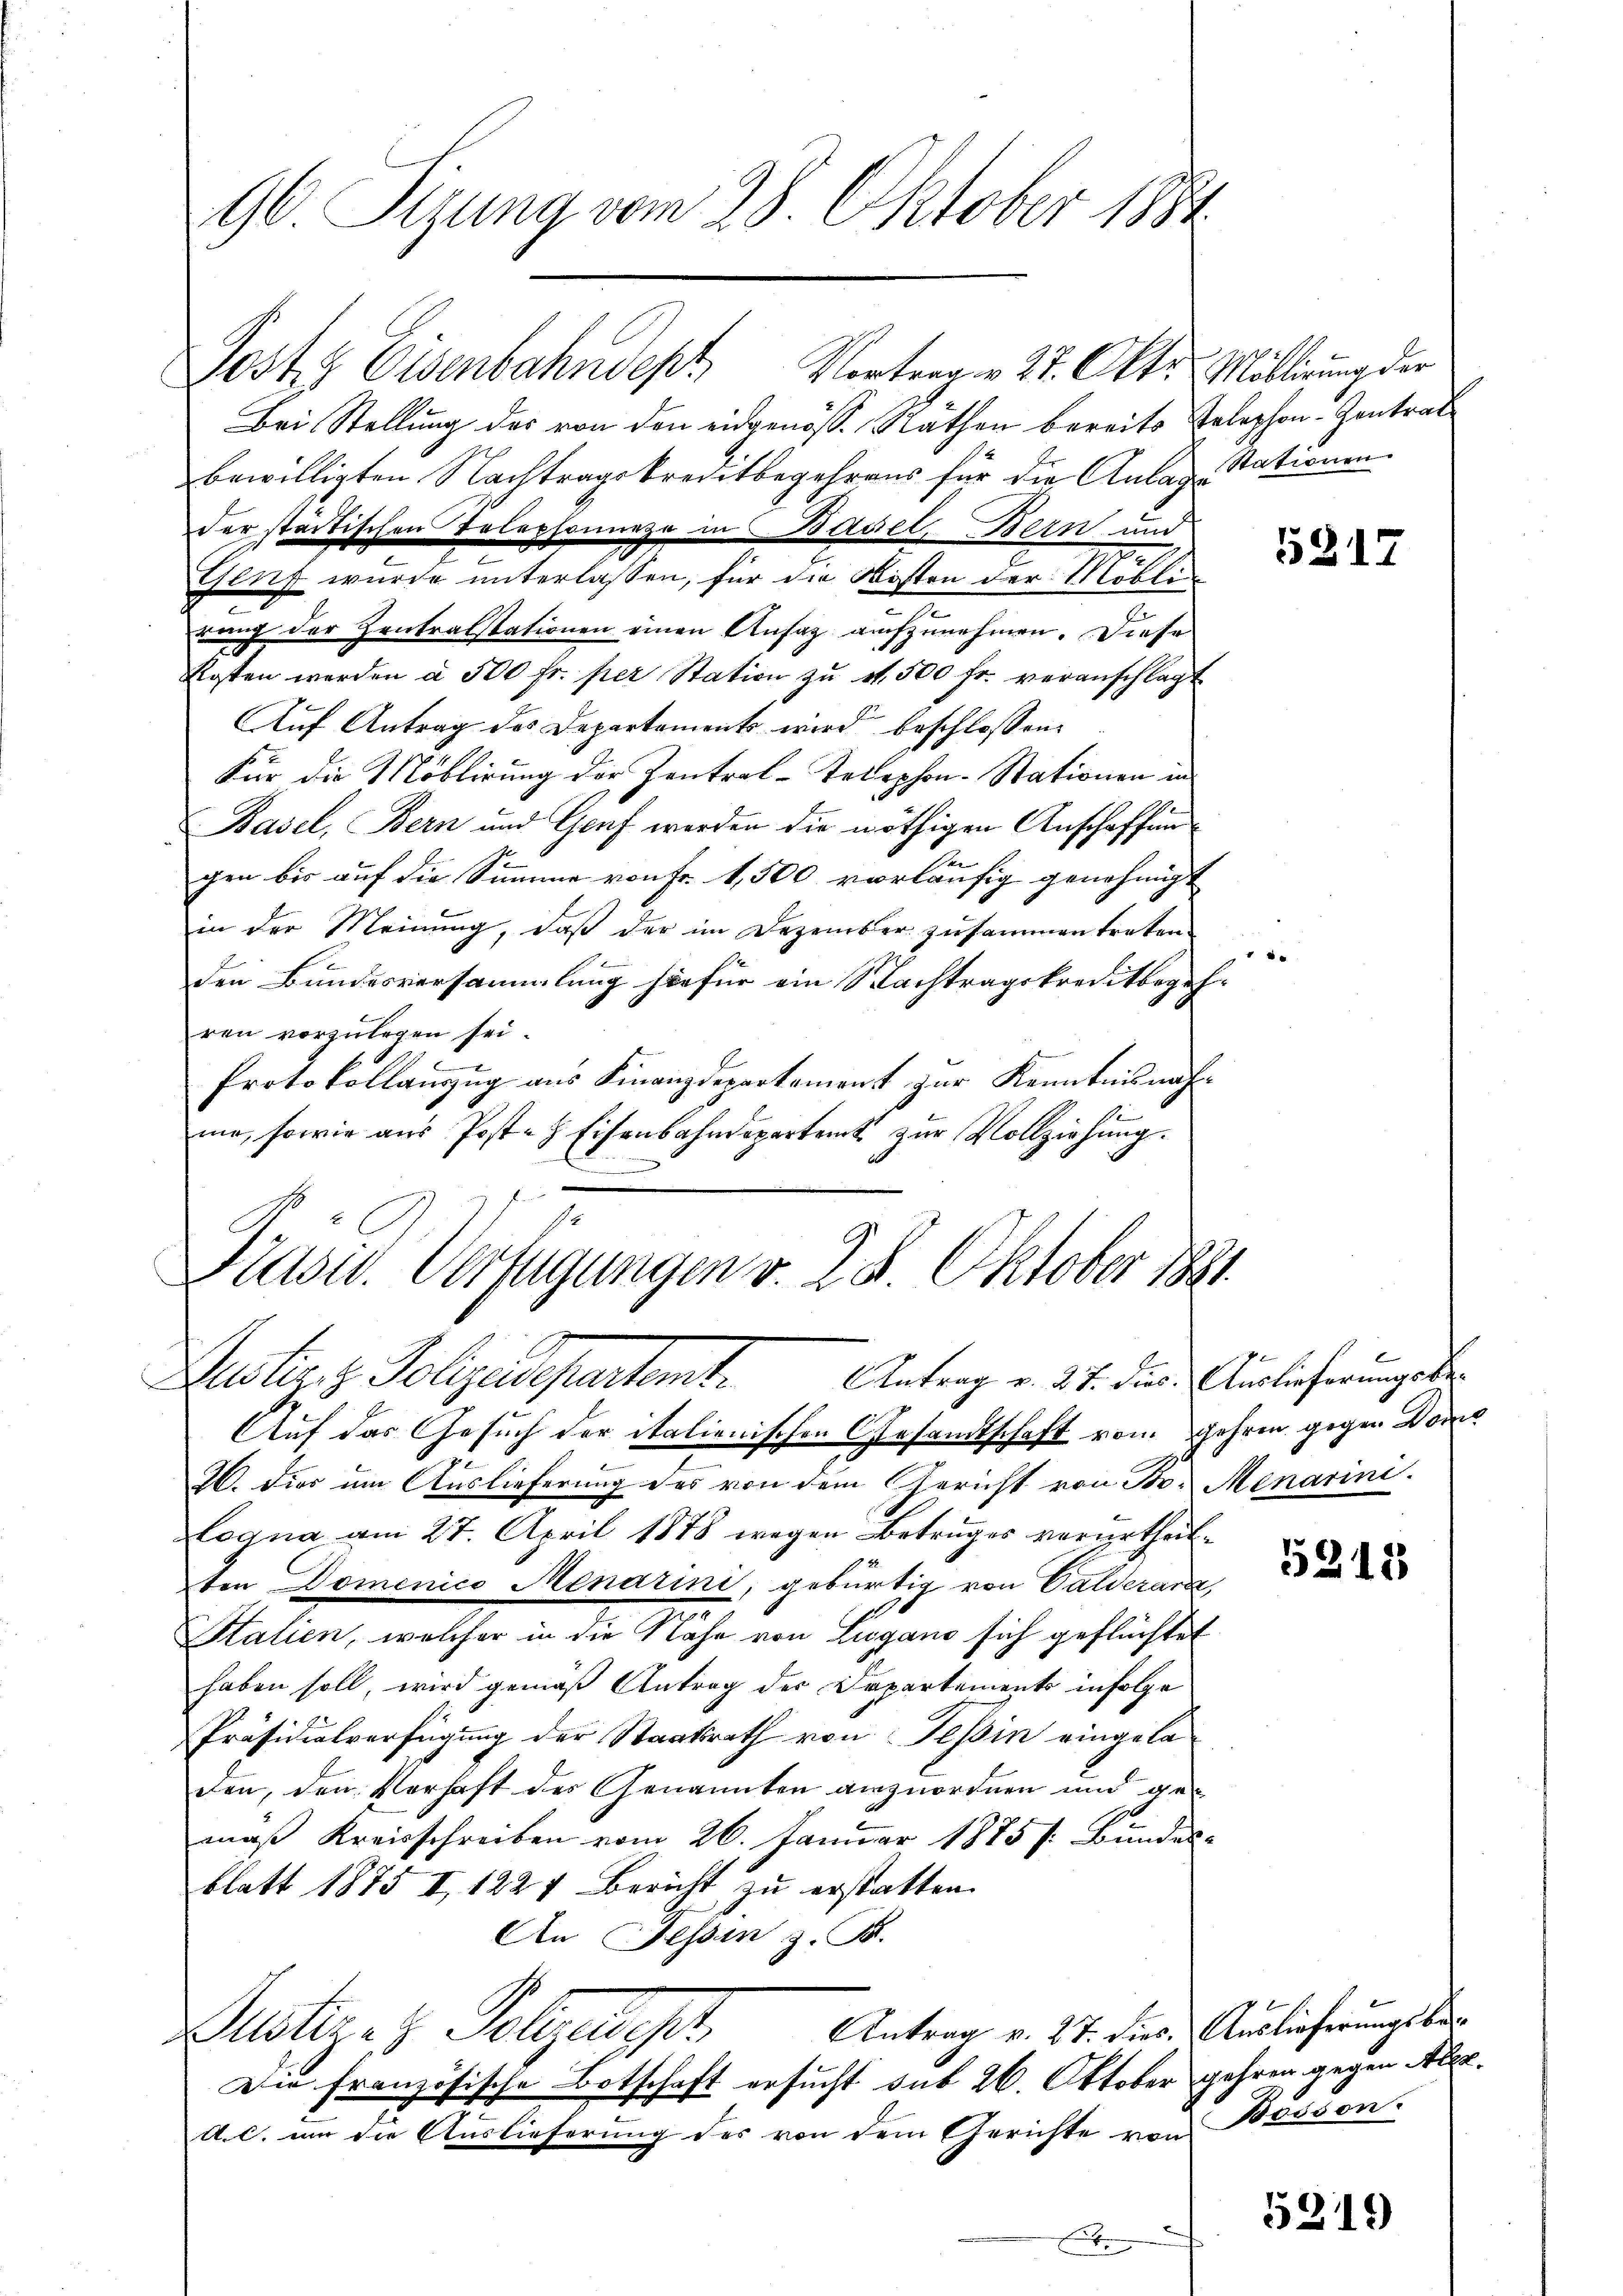
Post. Eisenbahndept Vortragen 27. Okt. Millirung der
Bei Stellung des von den eidgenöss. Räthen bereits Telephon-Zentrat
bewilligten Nachtragskreditbegehrens für die Anlage Stationen
der städtischen Telephonnezo in Basel, Bern und
rung der Zentralstationen einen Ansag aufzunehmen. Diese
kosten werden à 500 fr. per Station zŭ v. 500 fr. veranschlagt
Auf Antrag des Departements wird beschlossen:
Für die Möblirung der Zentral-Telephon-Stationen in
Basel, Bern und Graf werden die nöthigen Anschaffun
Bei
gen bis auf die Summe von Fr. 1,500 vorläufig genehmigt
in der Meinŭng, daβ der im Dezember zusammen treten
den Bundesversammlung hiefür ein Nachtragskreditbegehren vorzulegen sei.
Protokollanzug aus Finanzdepartement zur Kenntnisnahme, sowie aus Post. Eisenbahndepartent zur Vollziehung.

96 Sizung vom 28. Oktober 1881.

Krasw. Verfügungen v. 28. Oktober 1881
Justiz & Polizeidepartember Antrag v. 2. 7. die Auslieferungsbe¬
Auf das Gesuch der italienischen Gesandtschaft vom Jahren gegen Dome

Genf wurde unterlassen, für die Kosten der Möblin

I. Dies um Auslieferung des von dem Gericht von Br. Menarini.
Logna am 27. April 1878 wegen Betruges verurtheilten Domenico Menarini, gebürtig von Calderarz
Stalien, welcher in die Nähe von Lugano sich geflüchtet
haben soll, wird gemäß Antrag der Departements infolge
Präsidialverfügung der Staatsrath von Tessin eingeladen, den Verhaft des Genannten anzuordnen und gemaß Kreisschreiben vom 26. Januar 1875 /: Bundes-
blatt 1875 I, 1224 Bericht zŭ erstatten.
An Tessin z. B.
Antrag v. 27. dies. Auslieferungsbe¬
Muster z. Polizeipt
Die französische Botschaft ersucht sub 26. Oktober gehren gegen Aler.
A. c. um die Auslieferung des von dem Gerichte von Brison.
E

5317

.

5212

5319